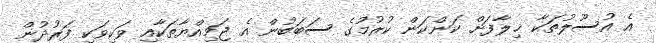
އެ އުސޫލުތަކާ ޚިލާފަށް ކަންކަން ކުރުމުގެ ސަބަބުން އެ ޖަމިއްޔާތަކާއި ވަކިވަކި ފަރުދުން